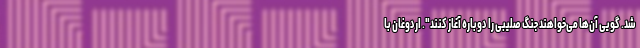
شد. گویی آن‌ها می‌خواهند جنگ صلیبی را دوباره آغاز کنند". اردوغان با